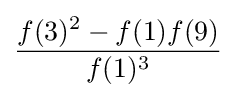
{\frac {f(3)^{2}-f(1)f(9)}{f(1)^{3}}}